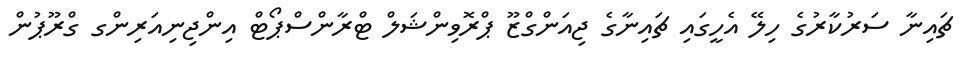
ޗައިނާ ސަރުކާރުގެ ހިލޭ އެހީގައި ޗައިނާގެ ޖިއަންގްޒޫ ޕްރޮވިންޝަލް ޓްރާންސްޕޯޓް އިންޖިނިއަރިންގ ގްރޫޕުން